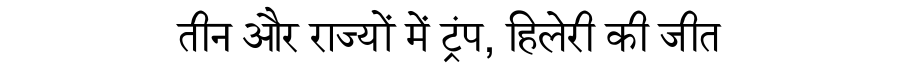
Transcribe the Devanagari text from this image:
तीन और राज्यों में ट्रंप, हिलेरी की जीत